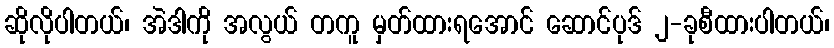
ဆိုလိုပါတယ်၊ အဲဒါကို အလွယ် တကူ မှတ်ထားရအောင် ဆောင်ပုဒ် ၂-ခုစီထားပါတယ်၊